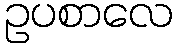
ဥပစာလေ